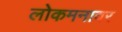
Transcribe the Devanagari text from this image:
लोकमनावर